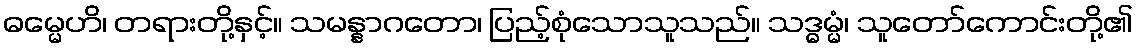
ဓမ္မေဟိ၊ တရားတို့နှင့်။ သမန္နာဂတော၊ ပြည့်စုံသောသူသည်။ သဒ္ဓမ္မံ၊ သူတော်ကောင်းတို့၏